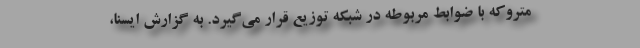
متروکه با ضوابط مربوطه در شبکه توزیع قرار می‌گیرد. به گزارش ایسنا،